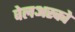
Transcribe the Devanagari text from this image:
वेलअस्को